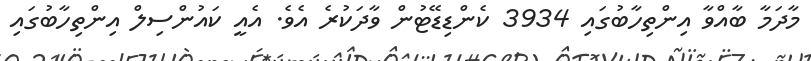
މާދަމާ ބާއްވާ އިންތިހާބުގައި 3934 ކެންޑިޑޭޓުން ވާދަކުރެ އެވެ. އެއީ ކައުންސިލް އިންތިހާބުގައި